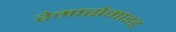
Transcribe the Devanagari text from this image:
रेमासेमाइड